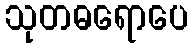
သုတဓရောပေ